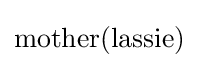
\mathrm {mother} (\mathrm {lassie} )